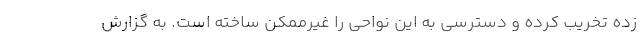
زده تخریب کرده و دسترسی به این نواحی را غیرممکن ساخته است. به گزارش